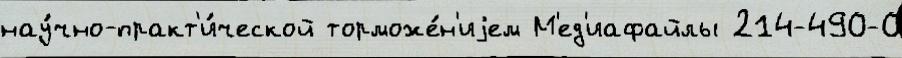
нау́чно-практ'и́ческой торможе́н'иjем М'ед'иафайлы 214-490-0